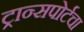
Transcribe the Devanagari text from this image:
ट्रान्सपोर्टचा